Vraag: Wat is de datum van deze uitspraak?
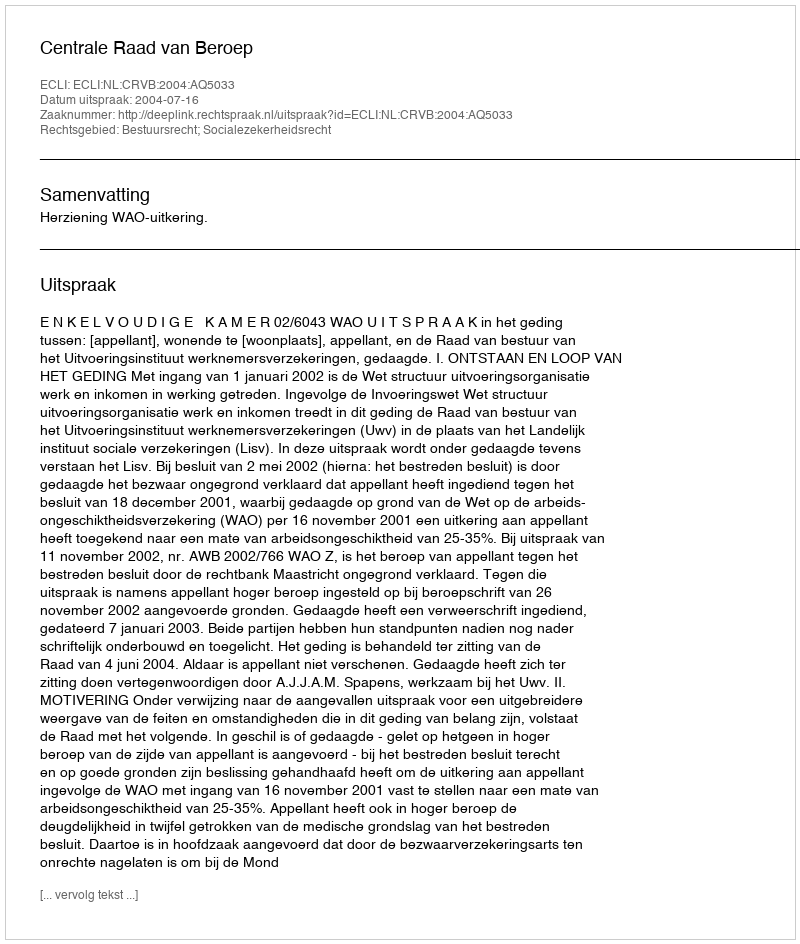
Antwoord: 2004-07-16